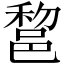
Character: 𨛫